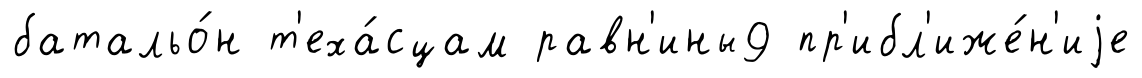
батальо́н т'еха́сцам равн'ины9 пр'ибл'иже́н'иjе